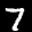
Label: 7